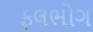
ફલભોગ